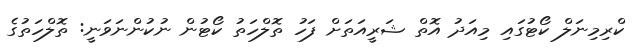
ކްރިމިނަލް ކޯޓުގައި މިއަދު އޮތް ޝަރީއަތަށް ފަހު ތޮލްހަތު ކޯޓުން ނުކުންނަވަނީ: ތޮލްހަތުގެ